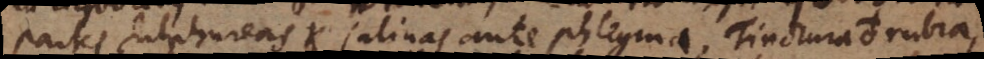
partes sulphureas et salinas ante phlegma. Tinctura ♁ rubra,